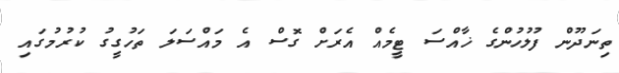
ތިނަދޫން ފުލުހުންގެ ޚާއްސަ ޓީމެއް އެރަށް ގޮސް އެ މައްސަލަ ތަހުގީގު ކުރުމުގައި